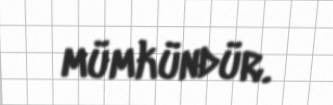
mümkündür.